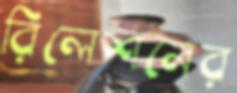
রিলেশনের